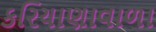
કરિયાણાવાળા